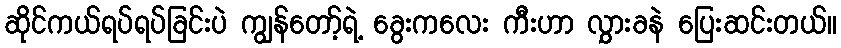
ဆိုင်ကယ်ရပ်ရပ်ခြင်းပဲ ကျွန်တော့်ရဲ့ ခွေးကလေး ကီးဟာ လွှားခနဲ ပြေးဆင်းတယ်။